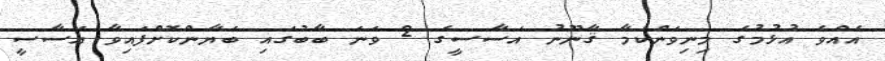
އެއްވެ އުޅުމުގެ މިނިވަންކަމާ ޤާނޫނު އަސާސީގެ 2 ވަނަ ބާބުގައި ބަޔާންކޮށްފައިވާ އަސާސީ